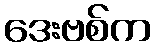
ဒေးဗစ်က